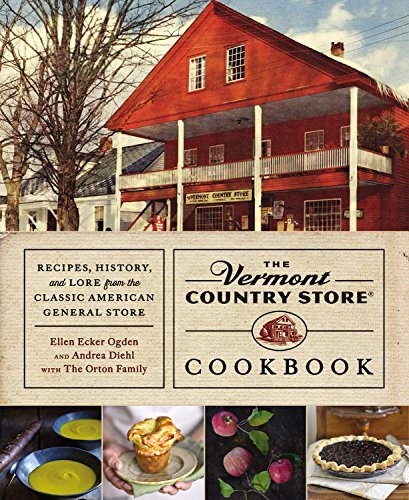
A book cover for The Vermont Country Store Cookbook: Recipes, History, and Lore from the Classic American General Store; Andrea Diehl; Cookbooks, Food & Wine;